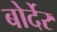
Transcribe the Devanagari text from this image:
बोर्देर